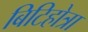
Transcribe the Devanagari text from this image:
बिटिहोत्रा